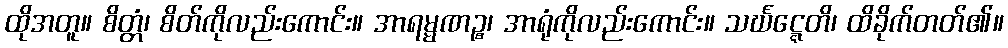
ထိုအတူ။ စိတ္တံ၊ စိတ်ကိုလည်းကောင်း။ အာရမ္မဏဉ္စ၊ အာရုံကိုလည်းကောင်း။ သင်္ဃဋ္ဋေတိ၊ ထိခိုက်တတ်၏။